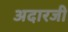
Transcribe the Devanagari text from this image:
अदारजी